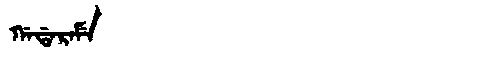
Manchu: ᡤᠠᡩᠠᡵᠠᠮᡝ
Romanization: GADARAME